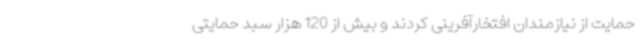
حمایت از نیازمندان افتخارآفرینی کردند و بیش از 120 هزار سبد حمایتی